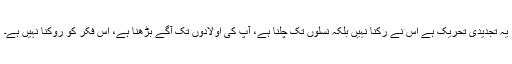
یہ تجدیدی تحریک ہے اِس نے رکنا نہیں بلکہ نسلوں تک چلنا ہے، آپ کی اولادوں تک آگے بڑھنا ہے، اِس فکر کو روکنا نہیں ہے۔